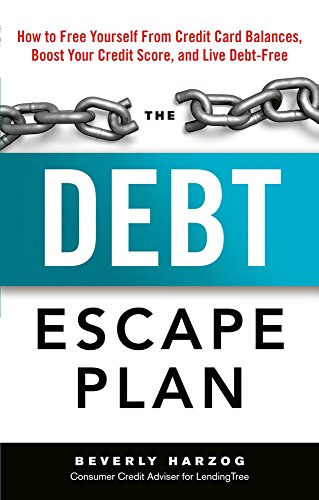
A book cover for The Debt Escape Plan: How to Free Yourself From Credit Card Balances, Boost Your Credit Score, and Live Debt-Free; Beverly Harzog; Business & Money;